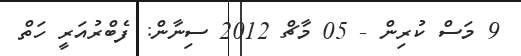
9 މަސް ކުރިން - 05 މާޗް 2012 ސިނާން: ފެބްރުއަރީ ހަތް